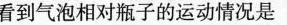
看到气泡相对瓶子的运动情况是（）